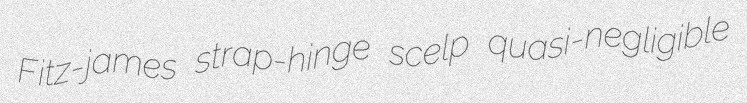
Fitz-james strap-hinge scelp quasi-negligible